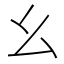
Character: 幺